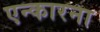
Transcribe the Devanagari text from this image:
एन्कारना